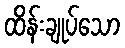
ထိန်းချုပ်သော